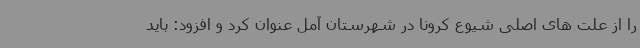
را از علت های اصلی شیوع کرونا در شهرستان آمل عنوان کرد و افزود: باید